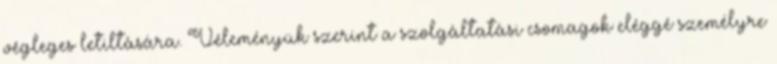
végleges letiltására. Véleményük szerint a szolgáltatási csomagok eléggé személyre